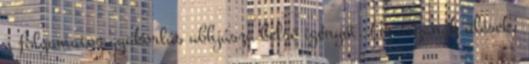
a folyamatos gyakorlás abhjásza belső igényét. Az ászanák ülések,